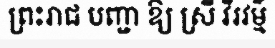
ព្រះរាជ បញ្ជា ឱ្យ ស្រី វីរវម៌្ម